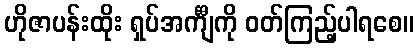
ဟိုဇာပန်းထိုး ရှပ်အင်္ကျီကို ဝတ်ကြည့်ပါရစေ။